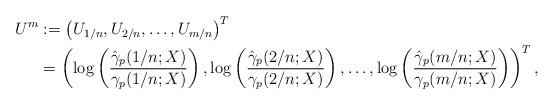
LaTeX: \begin{align*}U^m &:= \left(U_{1/n}, U_{2/n}, \ldots, U_{m/n}\right)^T \\&= \left(\log \left( \frac{\hat{\gamma}_p(1/n;X)}{\gamma_p(1/n;X)} \right), \log \left( \frac{\hat{\gamma}_p(2/n;X)}{\gamma_p(2/n;X)} \right), \ldots, \log \left( \frac{\hat{\gamma}_p(m/n;X)}{\gamma_p(m/n;X)} \right)\right)^T,\end{align*}